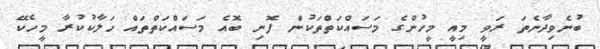
ބުނެވިދާނެތަ ރަވީ މިއީ މީހުންގެ މަސައްކަތްތަކުން ފޮނި ބޮއެ މަސައްކަތްތައް ހަލާކުކުރާ މީހެކޭ